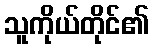
သူကိုယ်တိုင်၏